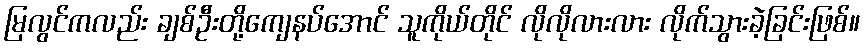
မြလွင်ကလည်း ချစ်ဦးတို့ကျေနပ်အောင် သူကိုယ်တိုင် လိုလိုလားလား လိုက်သွားခဲ့ခြင်းဖြစ်။